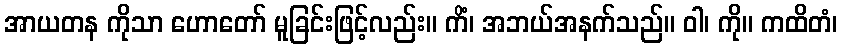
အာယတန ကိုသာ ဟောတော် မူခြင်းဖြင့်လည်း။ ကိံ၊ အဘယ်အနက်သည်။ ဝါ၊ ကို။ ကထိတံ၊